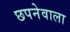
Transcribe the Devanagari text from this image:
छपनेवाला